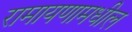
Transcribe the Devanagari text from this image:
रामायणामधील